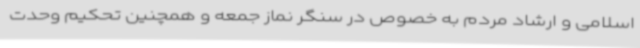
اسلامی و ارشاد مردم به خصوص در سنگر نماز جمعه و همچنین تحکیم وحدت